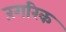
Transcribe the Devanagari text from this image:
रंगरिक